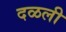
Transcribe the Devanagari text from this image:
दळली